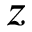
z